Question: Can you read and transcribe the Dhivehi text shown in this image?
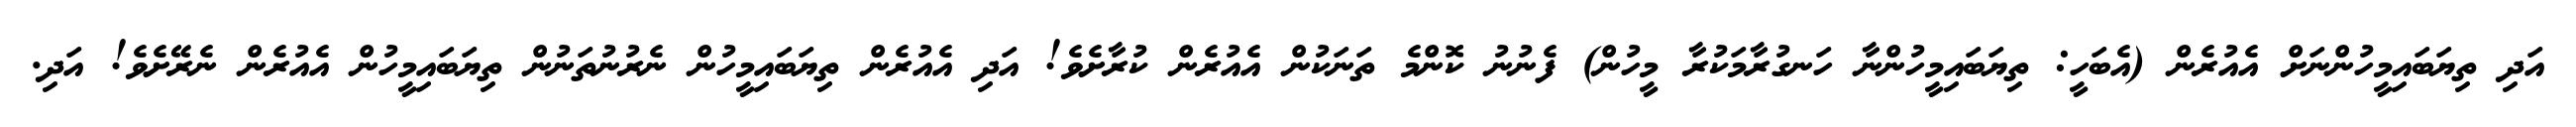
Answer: އަދި ތިޔަބައިމީހުންނަށް އެއުރެން (އެބަހީ: ތިޔަބައިމީހުންނާ ހަނގުރާމަކުރާ މީހުން) ފެނުނު ކޮންމެ ތަނަކުން އެއުރެން ކުރާށެވެ! އަދި އެއުރެން ތިޔަބައިމީހުން ނެރުނުތަނުން ތިޔަބައިމީހުން އެއުރެން ނެރޭށެވެ! އަދި.